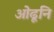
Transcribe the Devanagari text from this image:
ओढूनि